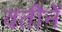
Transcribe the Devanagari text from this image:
वतीनें